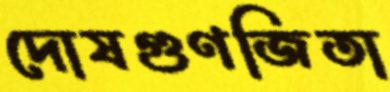
দোষগুণজিতা